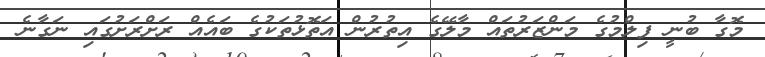
މޮގާ ބުނީ ފިލްމުގެ މަންޒަރުތައް މާލޭގެ އިތުުރުން އަތޮޅުތަކުގެ ބައެއް ރަށްރަށުގައި ނަގާނެ